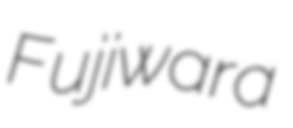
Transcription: Fujiwara